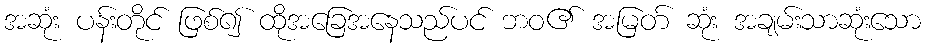
အဆုံး ပန်းတိုင် ဖြစ်၍ ထိုအခြေအနေသည်ပင် ဘဝ၏ အမြတ် ဆုံး အချမ်းသာဆုံးသော